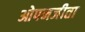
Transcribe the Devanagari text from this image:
ओपनजीता